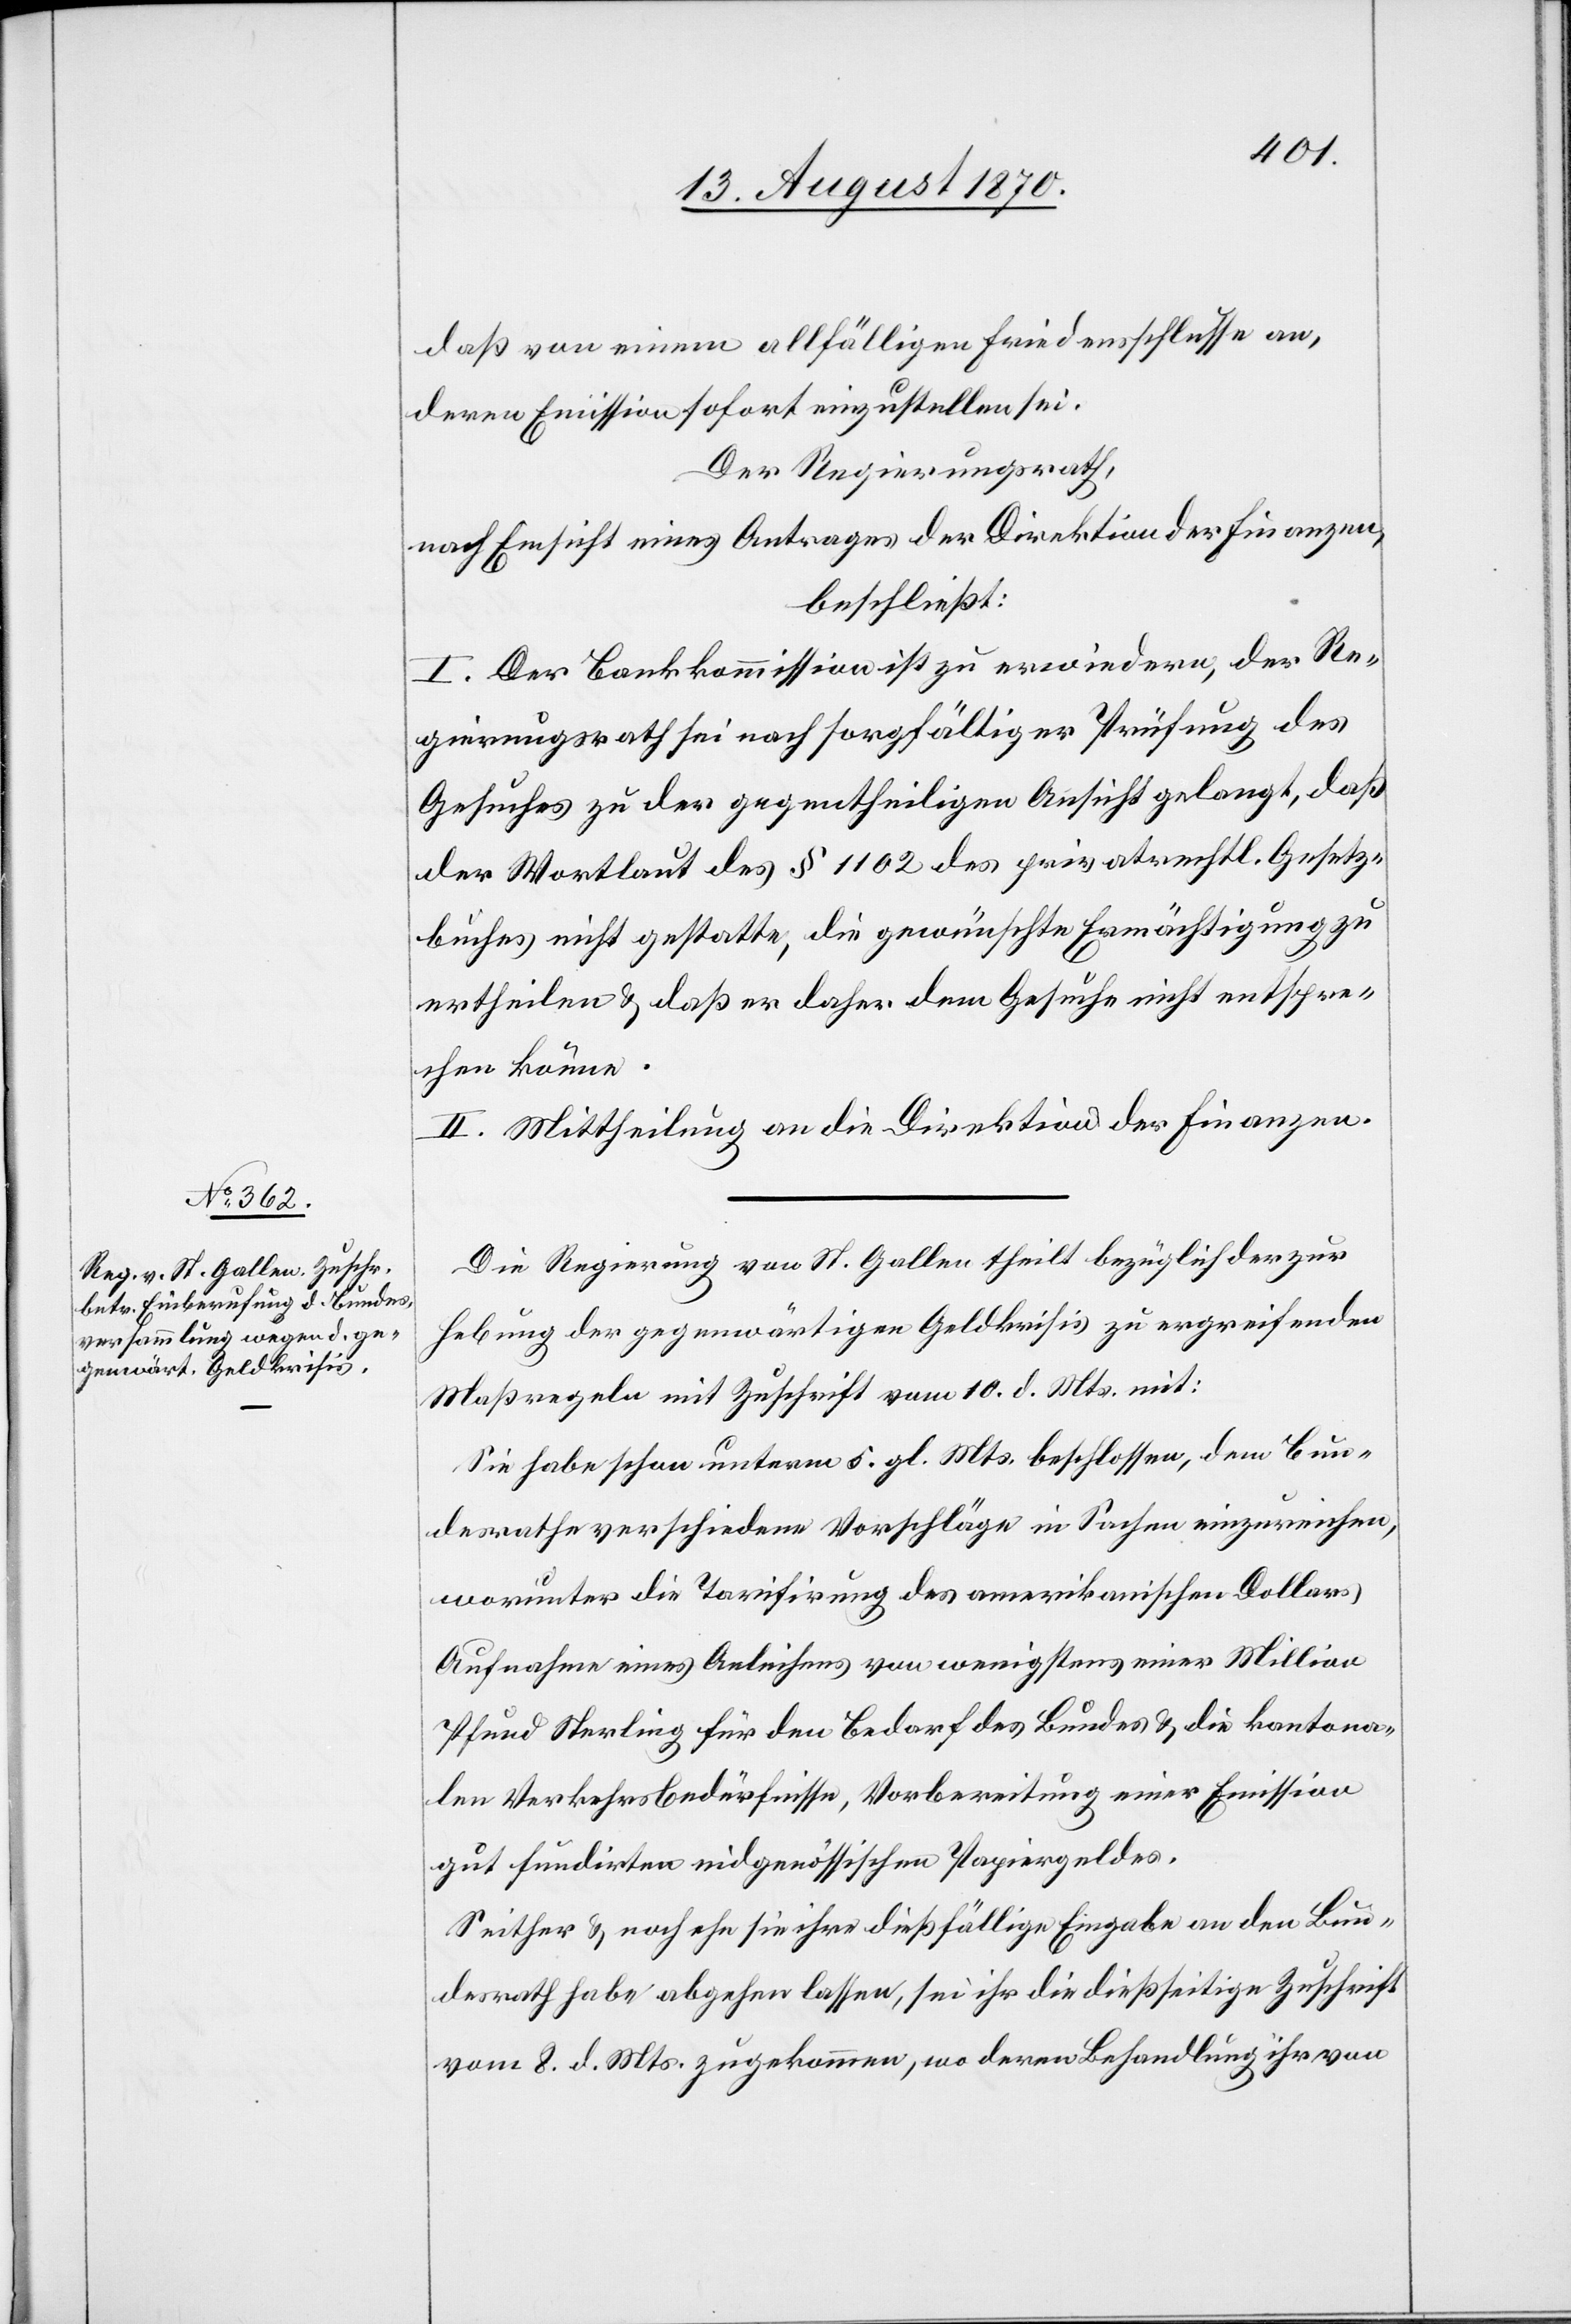
daß von einem allfälligen Friedensschlusse an,
deren Emission sofort einzustellen sei.
Der Regierungsrath,
nach Einsicht eines Antrages der Direktion der Finanzen,
beschließt:
I. Der Bankkommission ist zu erwiedern, der Re¬
gierungsrath sei nach sorgfältiger Prüfung des
Gesuches zu der gegentheiligen Ansicht gelangt, daß
der Wortlaut des § 1102 des privatrechtl. Gesetz¬
buches nicht gestatte, die gewünschte Ermächtigung zu
ertheilen & daß er daher dem Gesuche nicht entspre¬
chen könne.
II. Mittheilung an die Direktion der Finanzen.
Die Regierung von St. Gallen theilt bezüglich der zur
Hebung der gegenwärtigen Geldkrisis zu ergreifenden
Maßregeln mit Zuschrift vom 10. d. Mts. mit:
sie habe schon unterm 5. gl. Mts. beschlossen, dem Bun¬
desrathe verschiedene Vorschläge in Sachen einzureichen,
worunter die Tarifirung des amerikanischen Dollars,
Aufnahme eines Anleihens von wenigstens einer Million
Pfund Sterling für den Bedarf des Bundes & die kantona¬
len Verkehrsbedürfnisse, Vorbereitung einer Emission
gut fundirten eidgenössischen Papiergeldes.
Seither & noch ehe sie ihre dießfällige Eingabe an den Bun¬
desrath habe abgehen lassen, sei ihr die dießseitige Zuschrift
vom 8. d. Mts. zugekommen, wo deren Behandlung ihr von